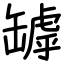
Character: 罅